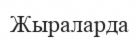
Жыраларда